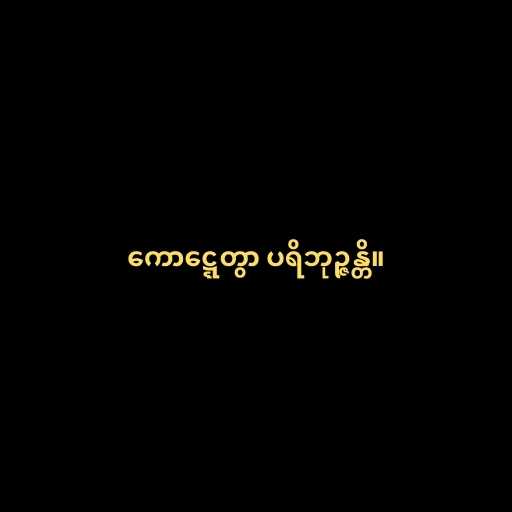
ကောဋ္ဋေတွာ ပရိဘုဉ္ဇန္တိ။